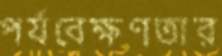
পর্যবেক্ষণতার